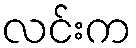
လင်းက